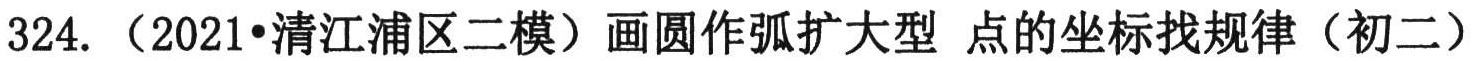
324.（2021•清江浦区二模）画圆作弧扩大型 点的坐标找规律（初二）